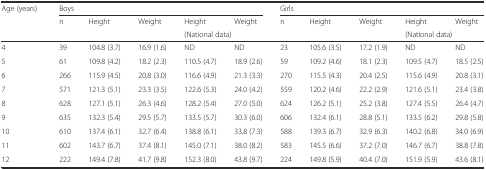
<table><thead><tr><td rowspan="3"><b>Age (years)</b></td><td colspan="5"><b>Boys</b></td><td colspan="5"><b>Girls</b></td></tr><tr><td rowspan="2"><b>n</b></td><td rowspan="2"><b>Height</b></td><td rowspan="2"><b>Weight</b></td><td><b>Height</b></td><td><b>Weight</b></td><td rowspan="2"><b>n</b></td><td rowspan="2"><b>Height</b></td><td rowspan="2"><b>Weight</b></td><td><b>Height</b></td><td><b>Weight</b></td></tr><tr><td colspan="2"><b>(National data)</b></td><td colspan="2"><b>(National data)</b></td></tr></thead><tbody><tr><td>4</td><td>39</td><td>104.8 (3.7)</td><td>16.9 (1.6)</td><td>ND</td><td>ND</td><td>23</td><td>105.6 (3.5)</td><td>17.2 (1.9)</td><td>ND</td><td>ND</td></tr><tr><td>5</td><td>61</td><td>109.8 (4.2)</td><td>18.2 (2.3)</td><td>110.5 (4.7)</td><td>18.9 (2.6)</td><td>59</td><td>109.2 (4.6)</td><td>18.1 (2.3)</td><td>109.5 (4.7)</td><td>18.5 (2.5)</td></tr><tr><td>6</td><td>266</td><td>115.9 (4.5)</td><td>20.8 (3.0)</td><td>116.6 (4.9)</td><td>21.3 (3.3)</td><td>270</td><td>115.5 (4.3)</td><td>20.4 (2.5)</td><td>115.6 (4.9)</td><td>20.8 (3.1)</td></tr><tr><td>7</td><td>571</td><td>121.3 (5.1)</td><td>23.3 (3.5)</td><td>122.6 (5.3)</td><td>24.0 (4.2)</td><td>559</td><td>120.2 (4.6)</td><td>22.2 (2.9)</td><td>121.6 (5.1)</td><td>23.4 (3.8)</td></tr><tr><td>8</td><td>628</td><td>127.1 (5.1)</td><td>26.3 (4.6)</td><td>128.2 (5.4)</td><td>27.0 (5.0)</td><td>624</td><td>126.2 (5.1)</td><td>25.2 (3.8)</td><td>127.4 (5.5)</td><td>26.4 (4.7)</td></tr><tr><td>9</td><td>635</td><td>132.3 (5.4)</td><td>29.5 (5.7)</td><td>133.5 (5.7)</td><td>30.3 (6.0)</td><td>606</td><td>132.4 (6.1)</td><td>28.8 (5.1)</td><td>133.5 (6.2)</td><td>29.8 (5.8)</td></tr><tr><td>10</td><td>610</td><td>137.4 (6.1)</td><td>32.7 (6.4)</td><td>138.8 (6.1)</td><td>33.8 (7.3)</td><td>588</td><td>139.3 (6.7)</td><td>32.9 (6.3)</td><td>140.2 (6.8)</td><td>34.0 (6.9)</td></tr><tr><td>11</td><td>602</td><td>143.7 (6.7)</td><td>37.4 (8.1)</td><td>145.0 (7.1)</td><td>38.0 (8.2)</td><td>583</td><td>145.5 (6.6)</td><td>37.2 (7.0)</td><td>146.7 (6.7)</td><td>38.8 (7.8)</td></tr><tr><td>12</td><td>222</td><td>149.4 (7.8)</td><td>41.7 (9.8)</td><td>152.3 (8.0)</td><td>43.8 (9.7)</td><td>224</td><td>149.8 (5.9)</td><td>40.4 (7.0)</td><td>151.9 (5.9)</td><td>43.6 (8.1)</td></tr></tbody></table>